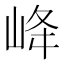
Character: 𡶶